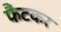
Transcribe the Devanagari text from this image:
फैंटकर